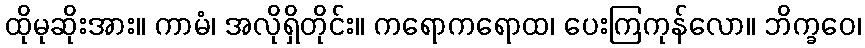
ထိုမုဆိုးအား။ ကာမံ၊ အလိုရှိတိုင်း။ ကရောကရောထ၊ ပေးကြကုန်လော။ ဘိက္ခဝေ၊